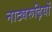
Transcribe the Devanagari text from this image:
नाट्यरूढ़ियों